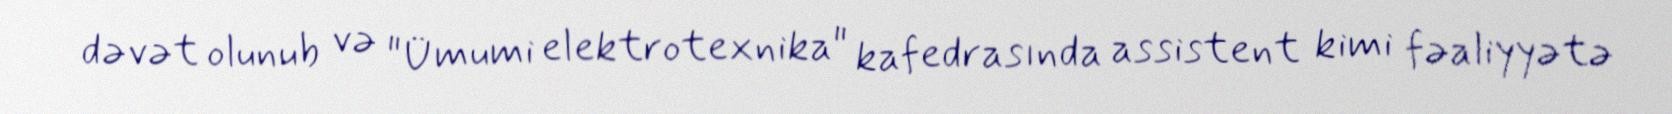
dəvət olunub və "Ümumi elektrotexnika" kafedrasında assistent kimi fəaliyyətə